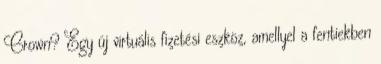
Crown? Egy új virtuális fizetési eszköz, amellyel a fentiekben